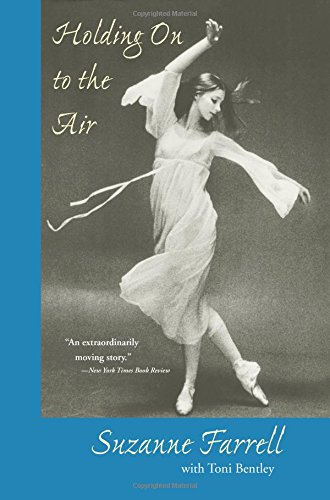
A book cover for Holding On to the Air: An Autobiography; Suzanne Farrell; Biographies & Memoirs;